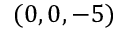
( 0 , 0 , - 5 )